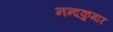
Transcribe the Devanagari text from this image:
नन्दकुमार